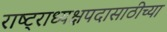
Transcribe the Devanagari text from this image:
राष्ट्राध्यक्षपदासाठीच्या